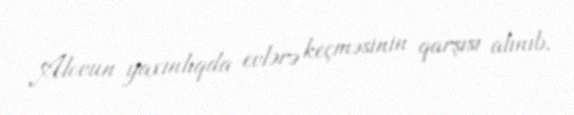
Alovun yaxınlıqda evlərə keçməsinin qarşısı alınıb.